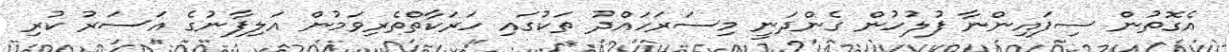
އެގޮތުން ސިފައިންނާ ފުލުހުން ގެންދަނީ މިސަރަހައްދު ތަކުގައި ހަރަކާތްތެރިވަމުން އަލިފާނުގެ އަސަރު ކުރި